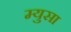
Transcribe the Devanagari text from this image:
म्युसा